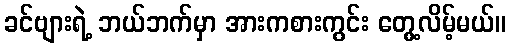
ခင်ဗျားရဲ့ ဘယ်ဘက်မှာ အားကစားကွင်း တွေ့လိမ့်မယ်။